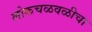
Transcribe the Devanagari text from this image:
लोकचळवळीचा